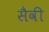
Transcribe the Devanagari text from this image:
सैवी